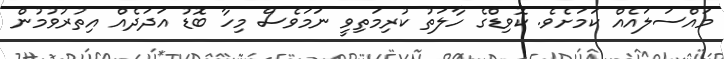
މައްސަލައެއް ކަމަށެވެ. ކޮވިޑްގެ ހާލަތު ކުރިމަތިވީ ނަމަވެސް މިހާ ބޮޑު އަދަދެއް އިތުރުވުމުން